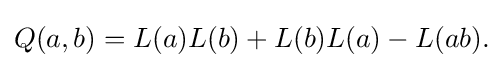
\displaystyle {Q(a,b)=L(a)L(b)+L(b)L(a)-L(ab).}